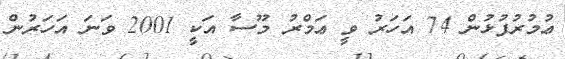
ޢުމުރުފުޅުން 74 އަހަރު ވީ ޢަމްރު މޫސާ އަކީ 2001 ވަނަ އަހަރުން